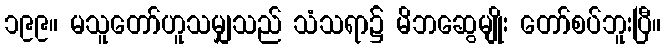
၁၉၉။ မသူတော်ဟူသမျှသည် သံသရာ၌ မိဘဆွေမျိုး တော်စပ်ဘူးပြီ။